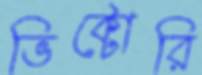
ভিক্টোরি